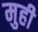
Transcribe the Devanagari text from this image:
मुही